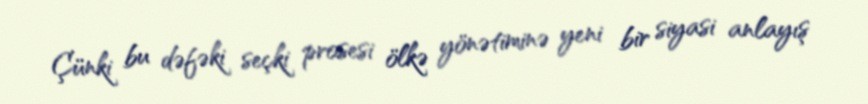
Çünki bu dəfəki seçki prosesi ölkə yönətiminə yeni bir siyasi anlayış